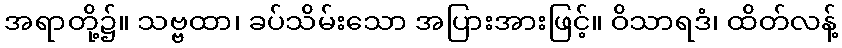
အရာတို့၌။ သဗ္ဗထာ၊ ခပ်သိမ်းသော အပြားအားဖြင့်။ ဝိသာရဒံ၊ ထိတ်လန့်